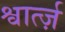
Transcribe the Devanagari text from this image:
श्वार्त्ज़